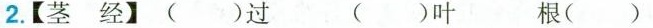
2.【茎经】()过 ()叶 根()